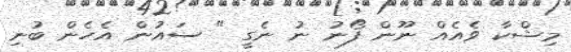
މިޝްކާ ވެއެއް ނޫން ފޯނު ނު ނެގީ " ސައުން އެހެން ބުނި